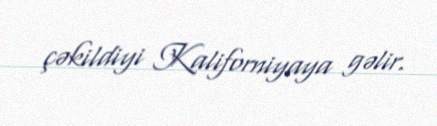
çəkildiyi Kaliforniyaya gəlir.